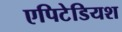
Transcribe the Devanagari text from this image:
एपिटेडियश